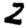
Digit: 2